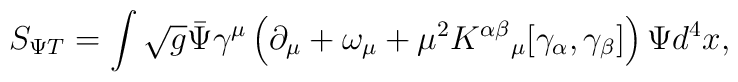
S_{\Psi T} = \int \sqrt{g} {\bar \Psi}\gamma^\mu \left( \partial_\mu + \omega_{\mu} +\mu^{2} K^{\alpha \beta}{}_{\mu} [\gamma_\alpha, \gamma_\beta] \right) \Psi d^4 x,